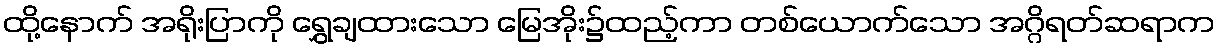
ထို့နောက် အရိုးပြာကို ရွှေချထားသော မြေအိုး၌ထည့်ကာ တစ်ယောက်သော အဂ္ဂိရတ်ဆရာက